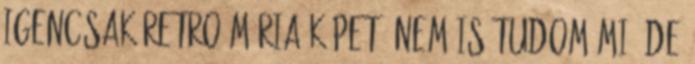
igencsak retro Mária képet. Nem is tudom mi, de